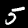
Digit: 5